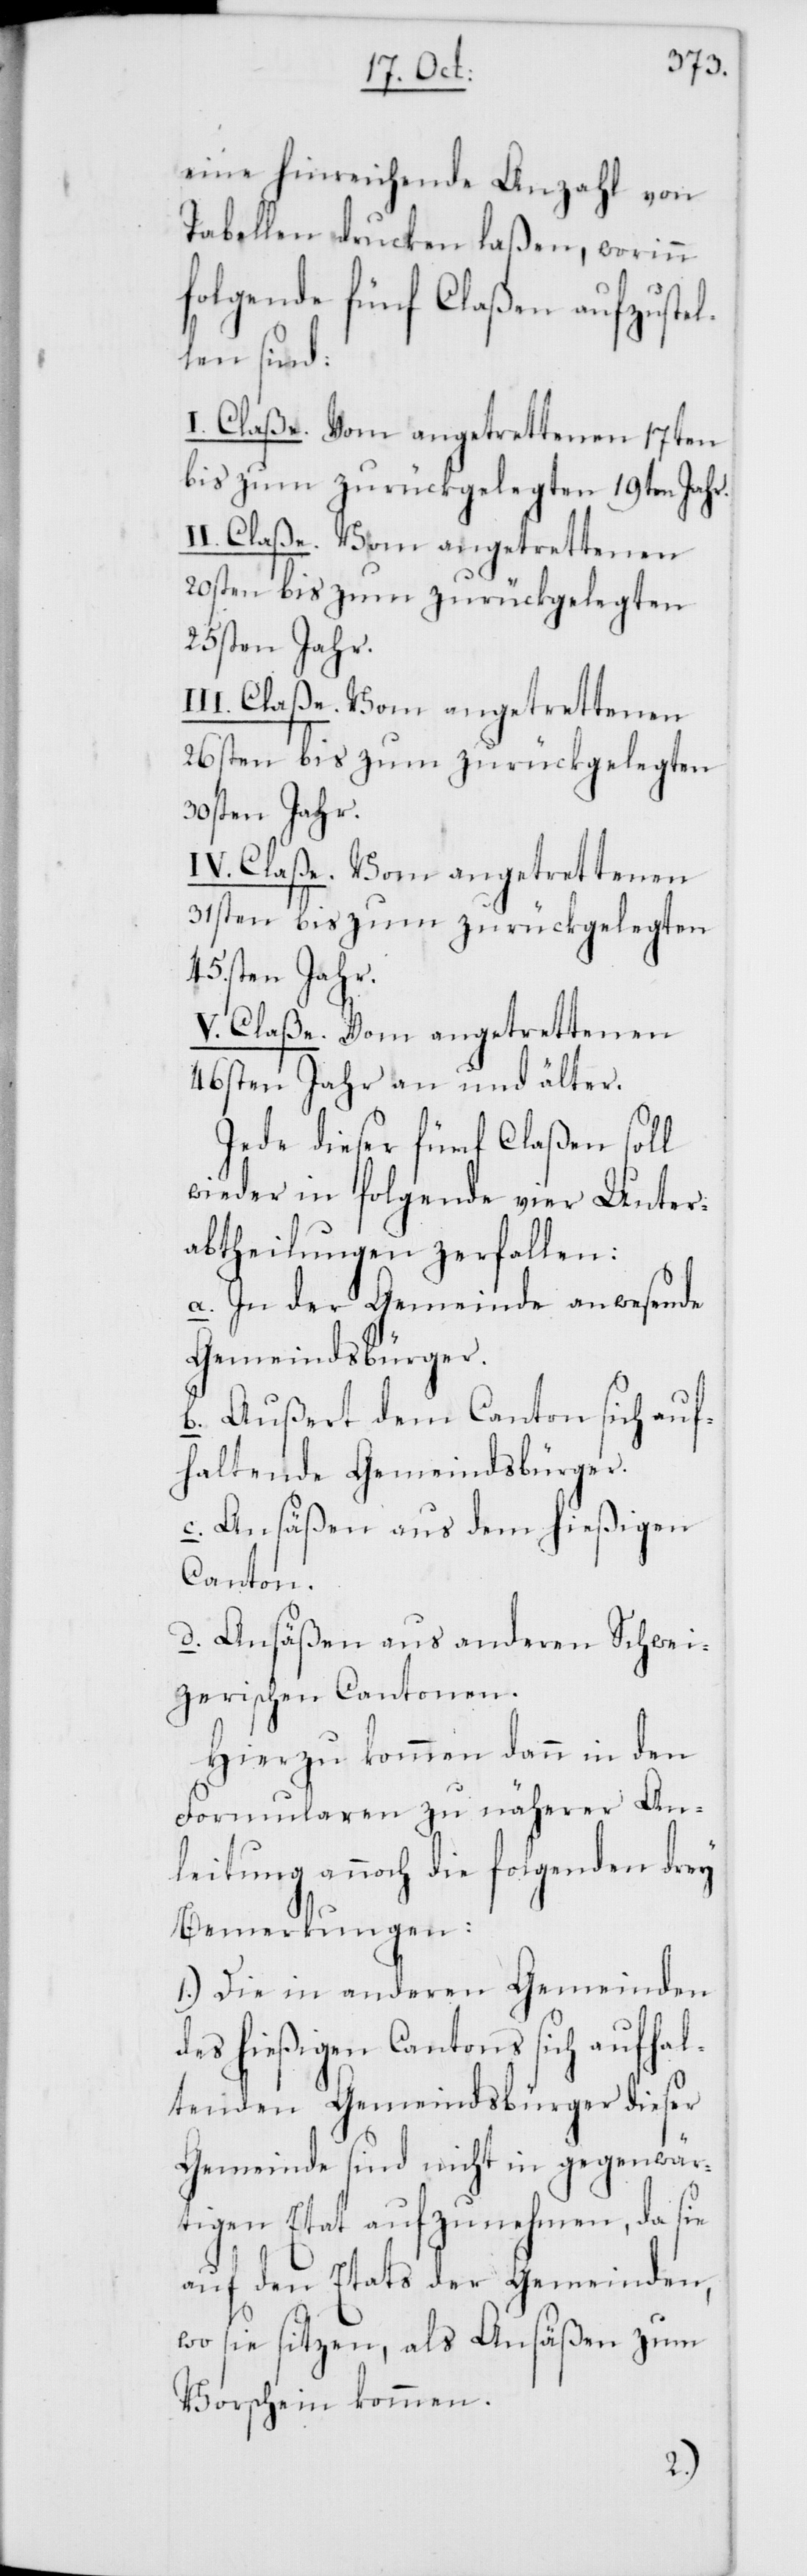
eine hinreichende Anzahl von
Tabellen drucken laßen, worinn
folgende fünf Claßen aufzustel¬
len sind:
I. Claße. Vom angetrettenen 17ten
bis zum zurückgelegten 19ten Jahr.
20sten bis zum zurückgelegten
25sten Jahr.
III. Claße. Vom angetrettenen
26sten bis zum zurückgelegten
30sten Jahr.
IV. Claße. Vom angetrettenen
31sten bis zum zurückgelegten
45.sten Jahr.
V. Claße. Vom angetrettenen
46sten Jahr und älter.
Jede dieser fünf Claßen soll
wieder in folgende vier Unter¬
abtheilungen zerfallen:
a. In der Gemeinde anwesende
Gemeindsbürger.
b. Außert dem Canton sich auf¬
haltende Gemeindsbürger.
c. Ansäßen aus dem hießigen
Canton.
d. Ansäßen aus anderen Schwei¬
zerischen Cantonen.
Hierzu kommen dann in den
Formularen zu näherer An¬
leitung annoch die folgenden drey
Bemerkungen:
1.) Die in anderen Gemeinden
des hießigen Cantons sich aufhal¬
tenden Gemeindsbürger dieser
Gemeinde sind nicht in gegenwär¬
tigen Etat aufzunehmen, da sie
auf den Etats der Gemeinden,
wo sie sitzen, als Ansäßen zum
Vorschein kommen.